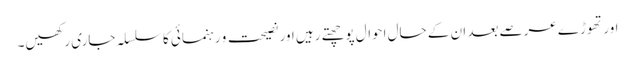
اور تھوڑے عرصے بعد ان کے حال احوال پوچھتے رہیں اور نصیحت و رہنمائی کا سلسلہ جاری رکھیں۔